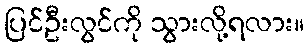
ပြင်ဦးလွင်ကို သွားလို့ရလား။